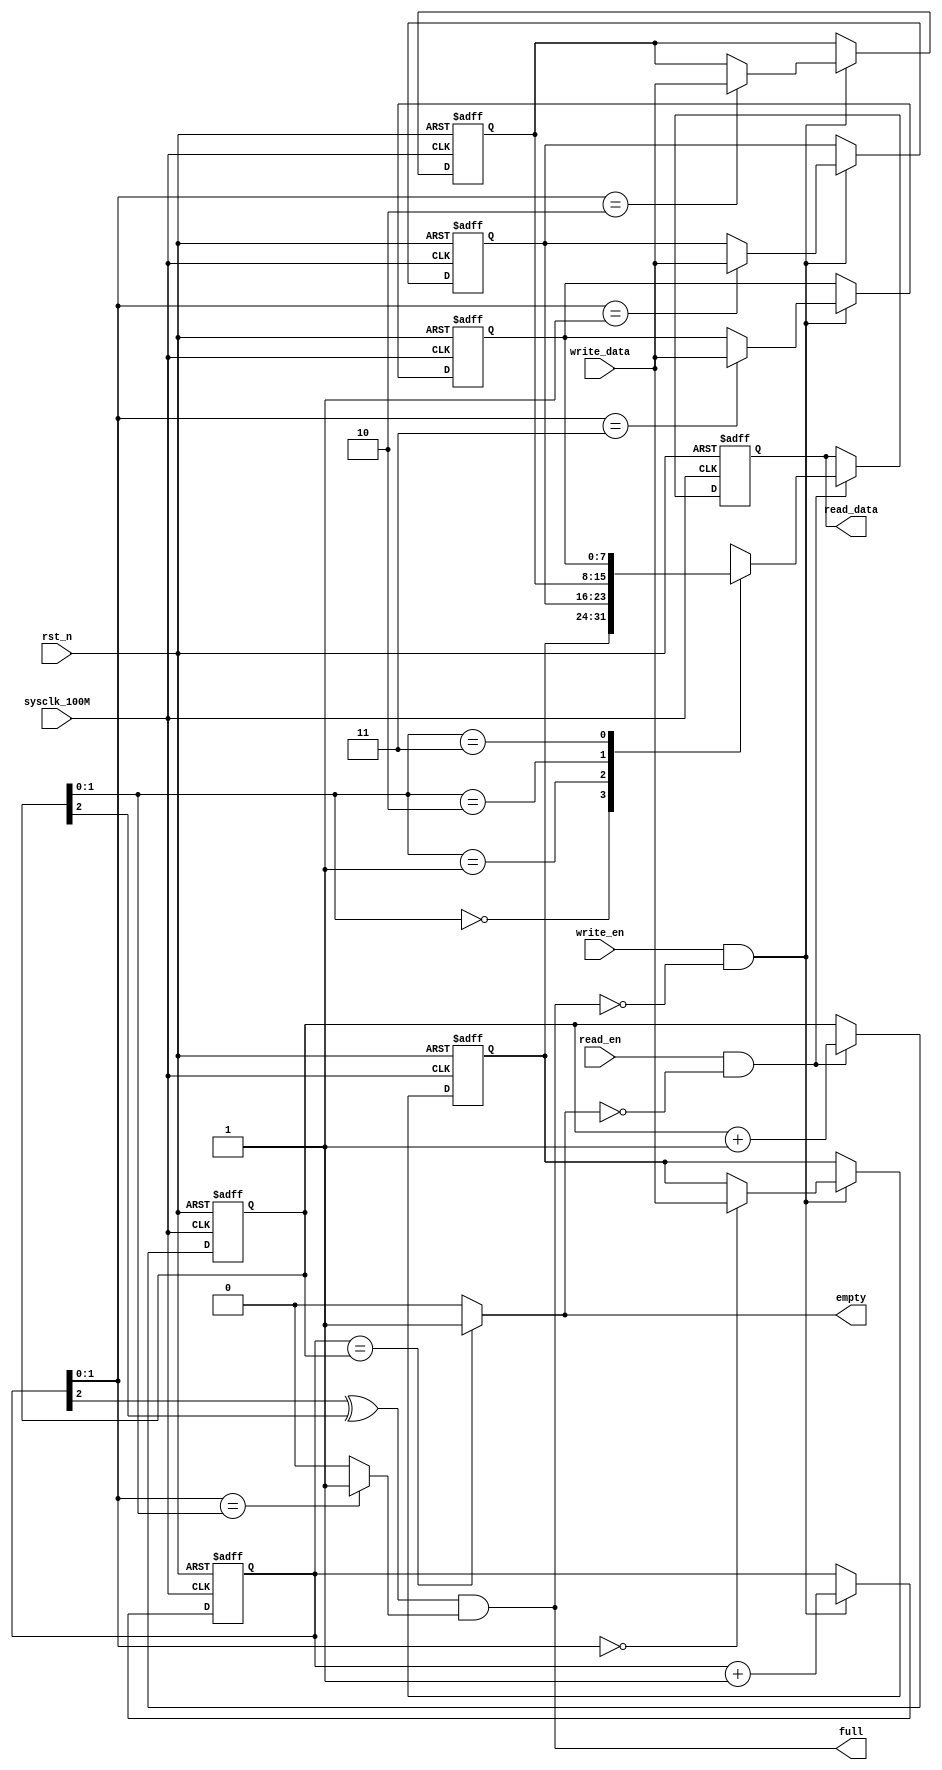
// ==================================================
// 
// designer:        yang shjiang
// description:     sync FIFO
// 
// ==================================================


module sync_FIFO #(
    parameter           DEPTH   =   4   ,
    parameter           WIDTH   =   8   
)(
    // system signals
    input               sysclk_100M     ,
    input               rst_n           ,
    // write port
    output              full            ,
    input               write_en        ,
    input       [ 7:0]  write_data      ,
    // read port
    output              empty           ,
    input               read_en         ,
    output  reg [ 7:0]  read_data       
);

// ================================================
// ********* define params and signals *********
// ================================================
localparam                  DEPTH_BIT   =   $clog2(DEPTH)   ;

reg     [ WIDTH-1:0]      mem[DEPTH-1:0]      ;
reg     [DEPTH_BIT:0]     write_pointer       ;
reg     [DEPTH_BIT:0]     read_pointer        ;

wire                      least_eq            ;



// ================================================
// **************** main code ***************
// ================================================
// write_pointer
always @(posedge sysclk_100M or negedge rst_n) begin
    if (rst_n == 1'b0)
        write_pointer   <=  'd0    ;
    else if (write_en == 1'b1 && full == 1'b0)
        write_pointer   <=  write_pointer + 'd1    ;
end

// mem
always @(posedge sysclk_100M or negedge rst_n) begin
    if (rst_n == 1'b0) begin: init_mem
        integer i;
        for (i=0; i<DEPTH; i=i+1) mem[i] <= 'd0;
    end
    else if (write_en == 1'b1 && full == 1'b0)
        mem[write_pointer[DEPTH_BIT-1:0]]  <=  write_data  ;
end

// read_pointer
always @(posedge sysclk_100M or negedge rst_n) begin
    if (rst_n == 1'b0)
        read_pointer   <=  'd0    ;
    else if (read_en == 1'b1 && empty == 1'b0)
        read_pointer   <=  read_pointer + 'd1    ;
end

// read_data
always @(posedge sysclk_100M or negedge rst_n) begin
    if (rst_n == 1'b0)
        read_data   <=  'd0    ;
    else if (read_en == 1'b1 && empty == 1'b0)
        read_data   <=  mem[read_pointer[DEPTH_BIT-1:0]]   ;
end

// full
assign least_eq = (write_pointer[DEPTH_BIT-1:0] == read_pointer[DEPTH_BIT-1:0]) ? 1'b1 : 1'b0   ;
assign full = (write_pointer[DEPTH_BIT] ^ read_pointer[DEPTH_BIT]) & least_eq   ;

// empty
assign empty = (write_pointer == read_pointer) ? 1'b1 : 1'b0;

endmodule